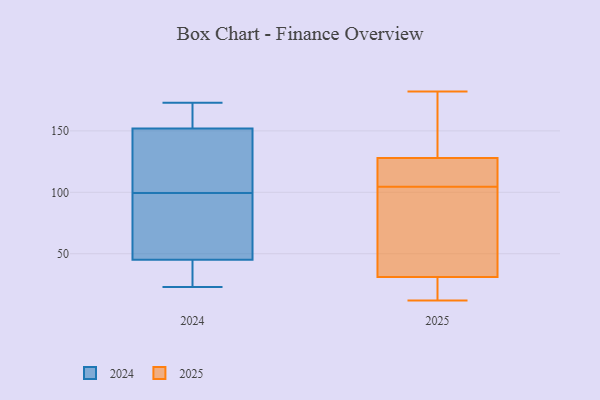
{"axis": {"x": "Customer Acquisition Cost (USD)", "y": "Value"}, "legend": ["2024", "2025"], "data": [{"x": "", "y": 99, "type": "2025"}, {"x": "", "y": 118, "type": "2025"}, {"x": "", "y": 180, "type": "2025"}, {"x": "", "y": 182, "type": "2025"}, {"x": "", "y": 22, "type": "2025"}, {"x": "", "y": 128, "type": "2025"}, {"x": "", "y": 12, "type": "2025"}, {"x": "", "y": 59, "type": "2025"}, {"x": "", "y": 110, "type": "2025"}, {"x": "", "y": 31, "type": "2025"}, {"x": "", "y": 173, "type": "2024"}, {"x": "", "y": 102, "type": "2024"}, {"x": "", "y": 97, "type": "2024"}, {"x": "", "y": 152, "type": "2024"}, {"x": "", "y": 23, "type": "2024"}, {"x": "", "y": 35, "type": "2024"}, {"x": "", "y": 108, "type": "2024"}, {"x": "", "y": 154, "type": "2024"}, {"x": "", "y": 45, "type": "2024"}, {"x": "", "y": 65, "type": "2024"}]}